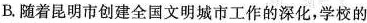
B.随着昆明市创建全国文明城市工作的深化，学校的